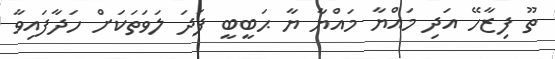
ތޫ ފިޒާހޭ އަދި މައްޔާ މައްޔާ ޔާ ޙަބީބީ ފަދަ ލަވަތަކަށް ހަދާފައިވާ